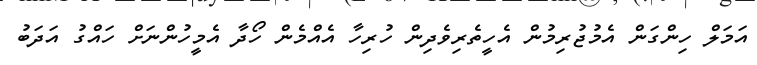
އަމަލް ހިންގަން އެމުޖުރިމުން އެހީތެރިވެދިން ހުރިހާ އެއްމެން ހޯދާ އެމީހުންނަށް ހައްގު އަދަބު